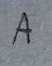
Text: A